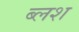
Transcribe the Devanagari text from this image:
ब्लश